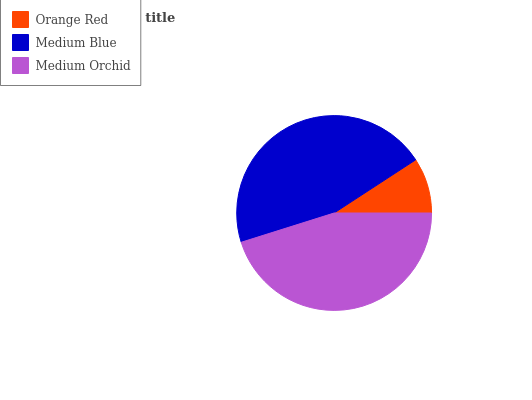
| Orange Red | Medium Blue | Medium Orchid |
 | --- | --- | --- |
 | 9.19% | 45.6% | 45.2% |